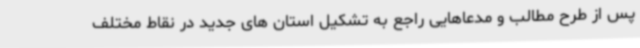
پس از طرح مطالب و مدعاهایی راجع به تشکیل استان های جدید در نقاط مختلف